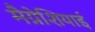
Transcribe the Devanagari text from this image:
मैग्नेशियाई